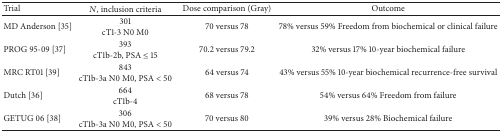
<table><thead><tr><td><b>Trial</b></td><td><b><i>N</i>, inclusion criteria</b></td><td><b>Dose comparison (Gray)</b></td><td><b>Outcome</b></td></tr></thead><tbody><tr><td>MD Anderson [35]</td><td>301cT1-3 N0 M0</td><td>70 versus 78</td><td>78% versus 59% Freedom from biochemical or clinical failure</td></tr><tr><td>PROG 95-09 [37]</td><td>393cT1b-2b, PSA ≤ 15</td><td>70.2 versus 79.2</td><td>32% versus 17% 10-year biochemical failure</td></tr><tr><td>MRC RT01 [39]</td><td>843cT1b-3a N0 M0, PSA &lt; 50</td><td>64 versus 74</td><td>43% versus 55% 10-year biochemical recurrence-free survival</td></tr><tr><td>Dutch [36]</td><td>664cT1b-4</td><td>68 versus 78</td><td>54% versus 64% Freedom from failure</td></tr><tr><td>GETUG 06 [38]</td><td>306cT1b-3a N0 M0, PSA &lt; 50</td><td>70 versus 80</td><td>39% versus 28% Biochemical failure</td></tr></tbody></table>